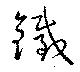
鉄